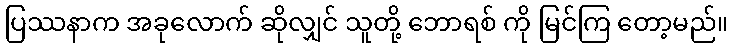
ပြဿနာက အခုလောက် ဆိုလျှင် သူတို့ ဘောရစ် ကို မြင်ကြ တော့မည်။